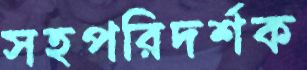
সহপরিদর্শক